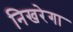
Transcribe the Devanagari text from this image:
निखरेगा